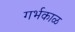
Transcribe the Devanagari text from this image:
गर्भकाळ